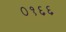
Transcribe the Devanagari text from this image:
०१६६